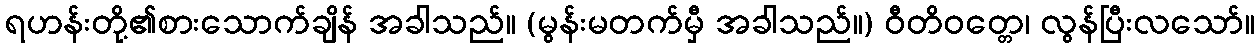
ရဟန်းတို့၏စားသောက်ချိန် အခါသည်။ (မွန်းမတက်မှီ အခါသည်။) ဝီတိဝတ္တေ၊ လွန်ပြီးလသော်။